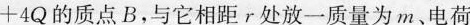
+4Q的质点B，与它相距r处放一质量为m、电荷